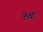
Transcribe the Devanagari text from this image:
लेवॉ